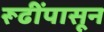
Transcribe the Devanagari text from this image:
रूढींपासून